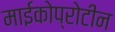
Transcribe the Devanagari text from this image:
माईकोप्रोटीन